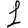
Digit: 1